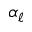
\alpha _ { \ell }